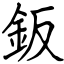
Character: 鈑